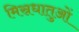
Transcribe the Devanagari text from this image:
मिस्रधातुओं